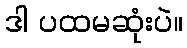
ဒါ ပထမဆုံးပဲ။